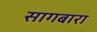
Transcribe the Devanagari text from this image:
सागबारा